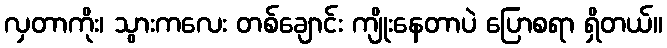
လှတာကိုး၊ သွားကလေး တစ်ချောင်း ကျိုးနေတာပဲ ပြောစရာ ရှိတယ်။